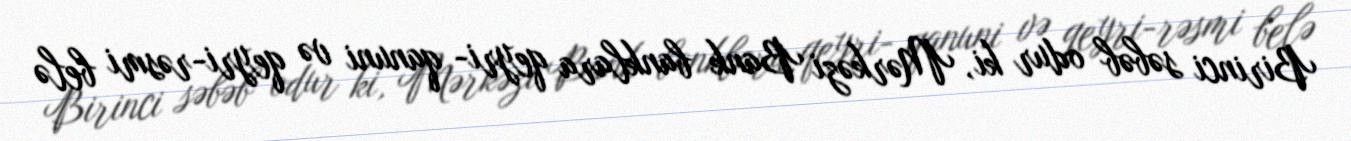
Birinci səbəb odur ki, Mərkəzi Bank banklara qeyri- qanuni və qeyri-rəsmi belə